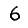
Digit: 6